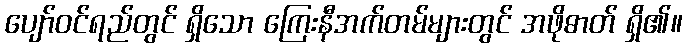
ပျော်ဝင်ရည်တွင် ရှိသော ကြေးနီအက်တမ်များတွင် အဖိုဓာတ် ရှိ၏။